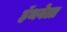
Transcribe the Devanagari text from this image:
हॅथवेला